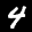
Label: 4